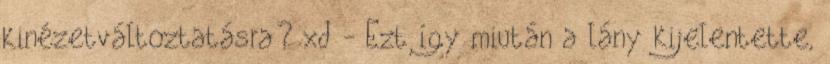
kinézetváltoztatásra? xd - Ezt így miután a lány kijelentette,